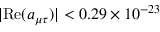
| \mathrm { R e } ( a _ { \mu \tau } ) | < 0 . 2 9 \times 1 0 ^ { - 2 3 }